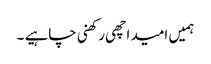
ہمیں امید اچھی رکھنی چاہیے ۔